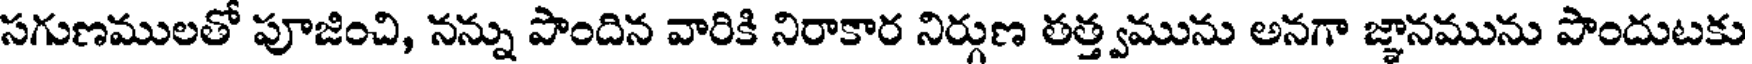
సగుణములతో పూజించి, నన్ను పొందిన వారికి నిరాకార నిర్గుణ తత్త్వమును అనగా జ్ఞానమును పొందుటకు